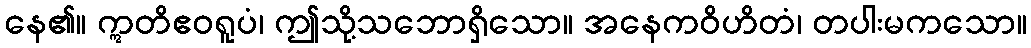
နေ၏။ ဣတိဧဝရူပံ၊ ဤသို့သဘောရှိသော။ အနေကဝိဟိတံ၊ တပါးမကသော။